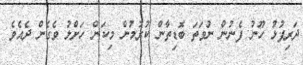
ދަރިފުޅު ހޫނު ފެނުން ނުވަތަ ބޮޑިތާން ކުރުމުން މިކަން ހަށްލު ވެގެން ދެއެވެ